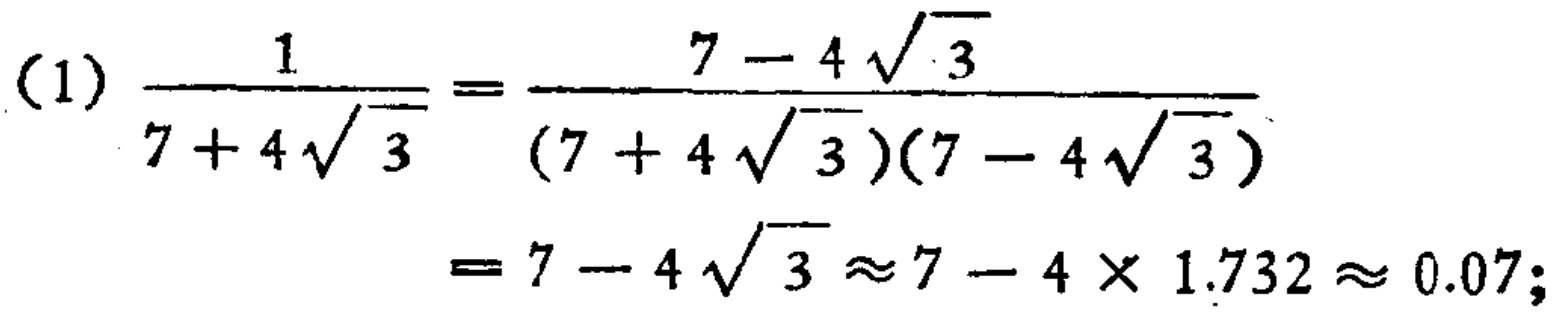
\[

\begin{align*}

\frac{1}{7 + 4\sqrt{3}}&=\frac{7 - 4\sqrt{3}}{(7 + 4\sqrt{3})(7 - 4\sqrt{3})}\\

&=7 - 4\sqrt{3}\approx7 - 4\times1.732\approx0.07;

\end{align*}

\]